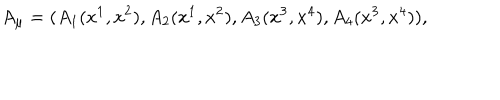
LaTeX: A _ { \mu } = ( A _ { 1 } ( x ^ { 1 } , x ^ { 2 } ) , A _ { 2 } ( x ^ { 1 } , x ^ { 2 } ) , A _ { 3 } ( x ^ { 3 } , x ^ { 4 } ) , A _ { 4 } ( x ^ { 3 } , x ^ { 4 } ) ) ,